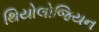
થિયોલોજિયન